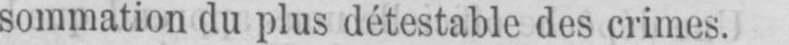
sommation du plus détestable des crimes.